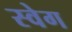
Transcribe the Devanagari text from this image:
स्वेग